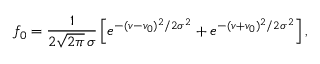
f _ { 0 } = \frac { 1 } { 2 \sqrt { 2 \pi } \, \sigma } \left[ e ^ { - ( v - v _ { 0 } ) ^ { 2 } / 2 \sigma ^ { 2 } } + e ^ { - ( v + v _ { 0 } ) ^ { 2 } / 2 \sigma ^ { 2 } } \right] ,